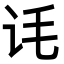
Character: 𬣜